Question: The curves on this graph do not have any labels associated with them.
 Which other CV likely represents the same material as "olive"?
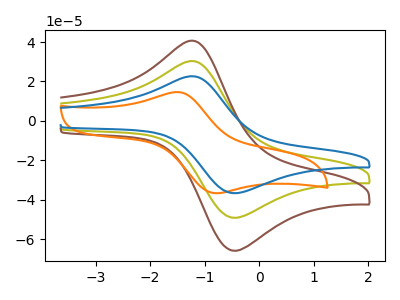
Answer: <think>The olive curve "olive" has an anodic peak at (-1.15V, 30.05uA) and a cathodic peak at (-0.40V, -49.15uA). The brown curve "brown" has an anodic peak at (-1.15V, 60.10uA) and a cathodic peak at (-0.40V, -98.30uA). The orange curve "orange" has an anodic peak at (-1.50V, 14.60uA) and a cathodic peak at (-0.80V, -36.75uA). The blue curve "blue" has an anodic peak at (-1.15V, 22.40uA) and a cathodic peak at (-0.40V, -36.70uA).
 All the peaks in "olive" have a peak in "brown" at the same potential. Every peak in "olive" is lower than every peak in "brown". "olive" and "orange" have at least one peak that do not match. All the peaks in "olive" have a peak in "blue" at the same potential. Every peak in "olive" is higher than every peak in "blue". "brown" and "orange" have at least one peak that do not match. All the peaks in "brown" have a peak in "blue" at the same potential. Every peak in "brown" is higher than every peak in "blue". "orange" and "blue" have at least one peak that do not match.</think>
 <answer>"olive" and "brown" have a similar shape to "blue".</answer>
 <eval>"olive" "brown"</eval>